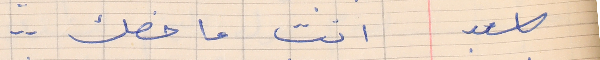
اسعد    انت ما خصك . .